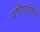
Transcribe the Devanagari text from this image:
पारिणामिक